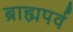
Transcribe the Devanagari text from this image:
ब्राह्मपर्व